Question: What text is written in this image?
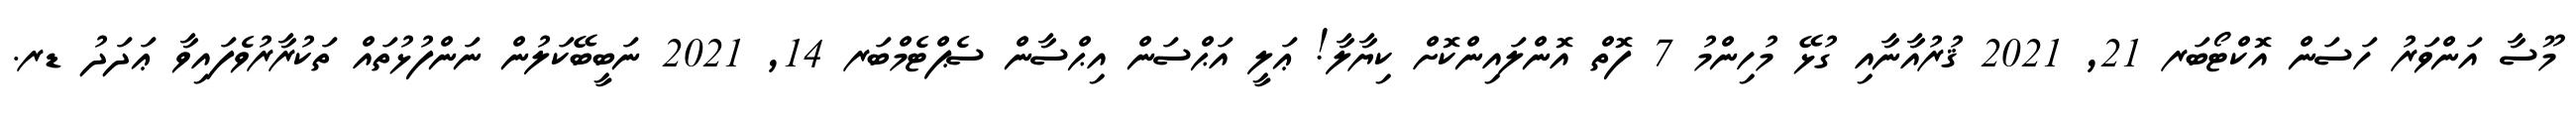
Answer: މޫސާ އަންވަރު ހަސަން އޮކްޓޯބަރ 21, 2021 ޤުރުއާނާއި ގުޅޭ މުހިންމު 7 ފޮތް އޮންލައިންކޮށް ކިޔާލާ! ޢަލީ އަޙްސަން އިޙްސާން ސެޕްޓެމްބަރ 14, 2021 ނަބީބޭކަލުން ނަންފުޅުތައް ތަކުރާރުވެފައިވާ ޢަދަދު ޑރ.